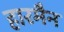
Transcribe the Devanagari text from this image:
हारमैन